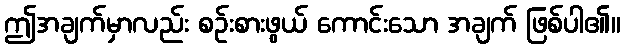
ဤအချက်မှာလည်း စဉ်းစားဖွယ် ကောင်းသော အချက် ဖြစ်ပါ၏။